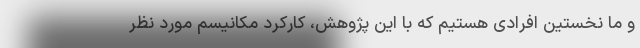
و ما نخستین افرادی هستیم که با این پژوهش، کارکرد مکانیسم مورد نظر